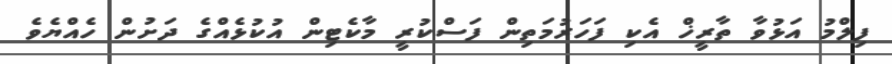
ފިލްމު އަޅުވާ ތާރީޚް އެކި ފަހަރުމަތިން ފަސްކުރީ މާކެޓިން އުކުޅެއްގެ ދަށުން ހެއްޔެވެ